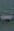
-